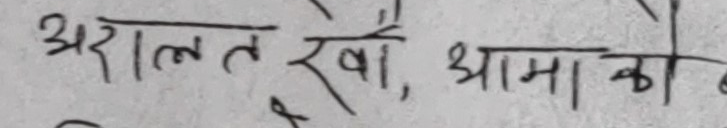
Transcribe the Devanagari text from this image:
अरालत रेखै, आमा को